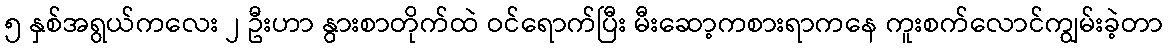
၅ နှစ်အရွယ်ကလေး ၂ ဦးဟာ နွားစာတိုက်ထဲ ဝင်ရောက်ပြီး မီးဆော့ကစားရာကနေ ကူးစက်လောင်ကျွမ်းခဲ့တာ